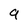
Character: 9